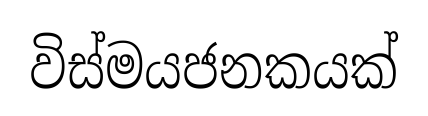
විස්මයජනකයක්